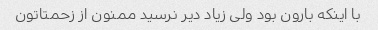
با اینکه بارون بود ولی زیاد دیر نرسید ممنون از زحمتاتون